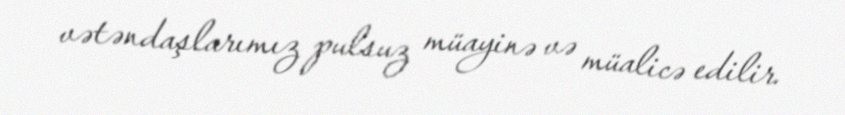
vətəndaşlarımız pulsuz müayinə və müalicə edilir.